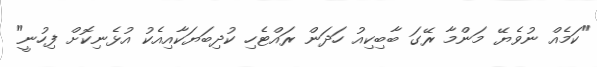
"ކަމެއް ނުވެޔޭ މަންމާ ރޭގަ ބާބިކިއު ހަދަން ރައްޓެހި ކުދިބަޔަކާއިއެކު އުޅެނިކޮށް ފިހުނީ"